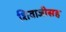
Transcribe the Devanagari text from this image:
शिवाजीसह